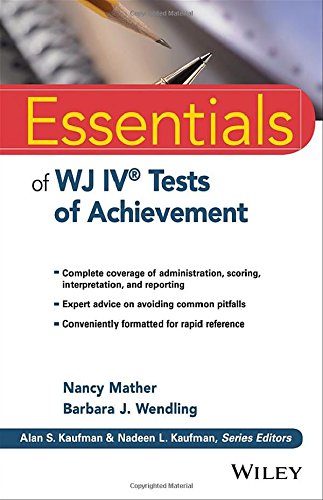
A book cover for Essentials of WJ IV Tests of Achievement (Essentials of Psychological Assessment); Nancy Mather; Medical Books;